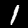
Digit: 1